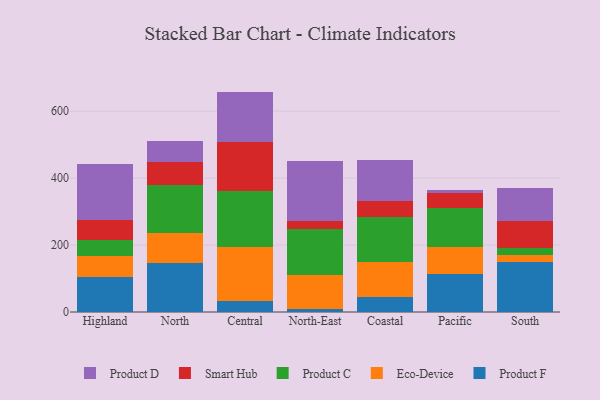
{"axis": {"x": "Region", "y": "Conversion Rate (%)"}, "legend": ["Eco-Device", "Product C", "Product D", "Product F", "Smart Hub"], "data": [{"x": "Highland", "y": 105.8, "type": "Product F"}, {"x": "Highland", "y": 62.2, "type": "Eco-Device"}, {"x": "Highland", "y": 47.0, "type": "Product C"}, {"x": "Highland", "y": 59.5, "type": "Smart Hub"}, {"x": "Highland", "y": 168.0, "type": "Product D"}, {"x": "North", "y": 147.3, "type": "Product F"}, {"x": "North", "y": 87.5, "type": "Eco-Device"}, {"x": "North", "y": 145.3, "type": "Product C"}, {"x": "North", "y": 66.7, "type": "Smart Hub"}, {"x": "North", "y": 63.6, "type": "Product D"}, {"x": "Central", "y": 31.9, "type": "Product F"}, {"x": "Central", "y": 162.2, "type": "Eco-Device"}, {"x": "Central", "y": 166.3, "type": "Product C"}, {"x": "Central", "y": 147.1, "type": "Smart Hub"}, {"x": "Central", "y": 150.9, "type": "Product D"}, {"x": "North-East", "y": 9.7, "type": "Product F"}, {"x": "North-East", "y": 101.9, "type": "Eco-Device"}, {"x": "North-East", "y": 136.7, "type": "Product C"}, {"x": "North-East", "y": 25.0, "type": "Smart Hub"}, {"x": "North-East", "y": 178.7, "type": "Product D"}, {"x": "Coastal", "y": 46.3, "type": "Product F"}, {"x": "Coastal", "y": 101.7, "type": "Eco-Device"}, {"x": "Coastal", "y": 136.1, "type": "Product C"}, {"x": "Coastal", "y": 48.0, "type": "Smart Hub"}, {"x": "Coastal", "y": 120.9, "type": "Product D"}, {"x": "Pacific", "y": 113.6, "type": "Product F"}, {"x": "Pacific", "y": 79.6, "type": "Eco-Device"}, {"x": "Pacific", "y": 118.3, "type": "Product C"}, {"x": "Pacific", "y": 44.2, "type": "Smart Hub"}, {"x": "Pacific", "y": 9.9, "type": "Product D"}, {"x": "South", "y": 150.5, "type": "Product F"}, {"x": "South", "y": 20.0, "type": "Eco-Device"}, {"x": "South", "y": 21.6, "type": "Product C"}, {"x": "South", "y": 79.8, "type": "Smart Hub"}, {"x": "South", "y": 99.8, "type": "Product D"}]}